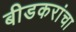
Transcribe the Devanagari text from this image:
बीडकरांचा